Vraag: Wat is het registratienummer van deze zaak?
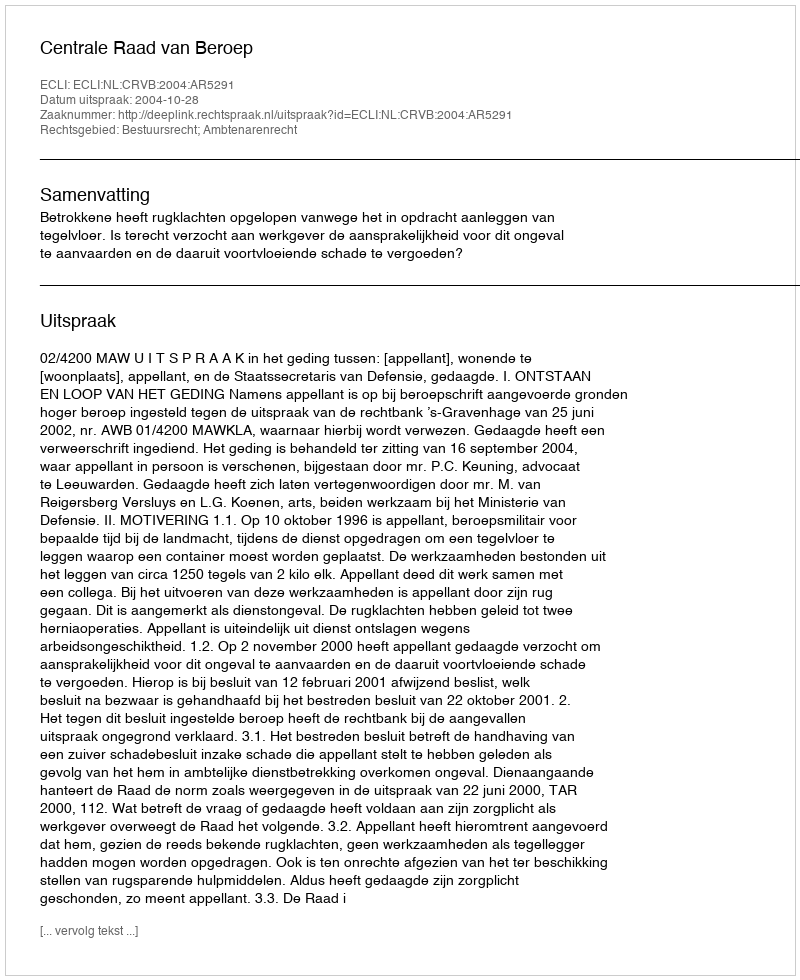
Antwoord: http://deeplink.rechtspraak.nl/uitspraak?id=ECLI:NL:CRVB:2004:AR5291